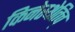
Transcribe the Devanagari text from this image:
किनेस्थेतिच्